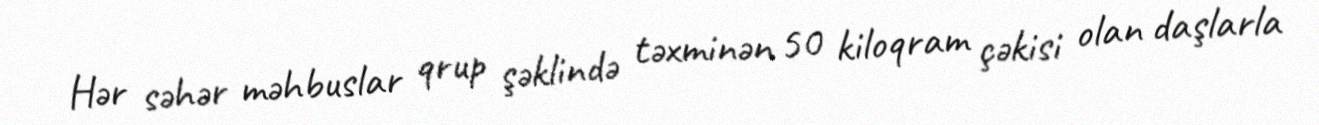
Hər səhər məhbuslar qrup şəklində təxminən 50 kiloqram çəkisi olan daşlarla